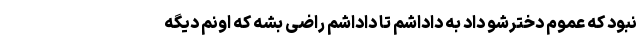
نبود که عموم دخترشو داد به داداشم تا داداشم راضی بشه که اونم دیگه